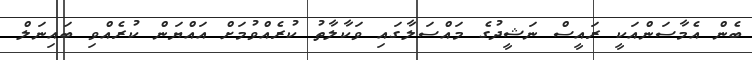
ބެން އެމާސަންއަކީ ރައީސް ނަޝީދުގެ މައްސަލާގައި ވަކާލާތު ކުރެއްވުމަށް އައްޔަން ކުރެއްވި ބައިނަލް